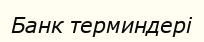
Банк терминдері